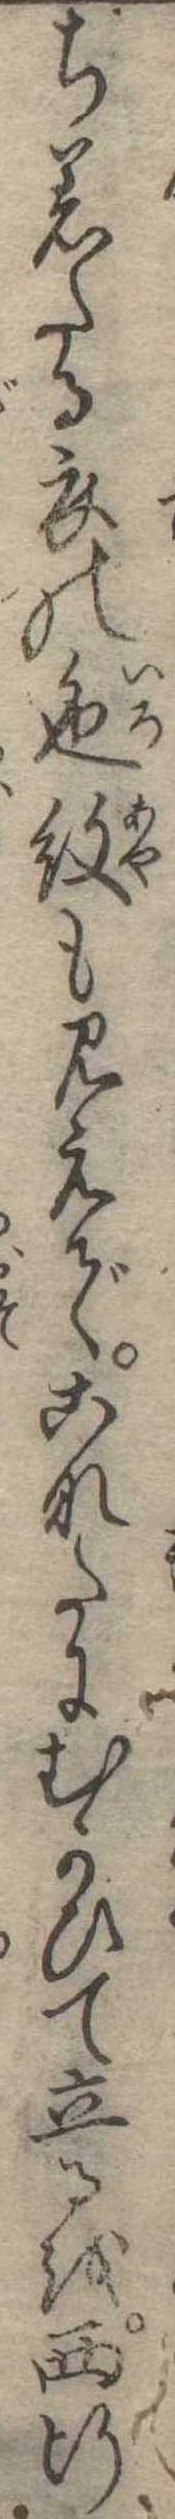
ち着たる衣の色紋も見えでこなたにむかひて立るを西行